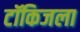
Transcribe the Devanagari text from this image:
टॉकिजला